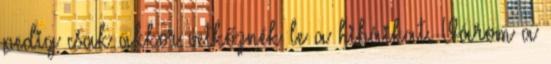
pedig csak akkor vetkőznék le a hibáikat. Várom a